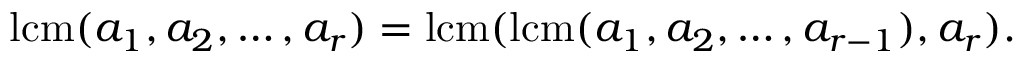
\operatorname { l c m } ( a _ { 1 } , a _ { 2 } , \ldots , a _ { r } ) = \operatorname { l c m } ( \operatorname { l c m } ( a _ { 1 } , a _ { 2 } , \ldots , a _ { r - 1 } ) , a _ { r } ) .